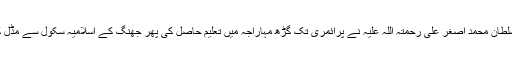
سلطان الفقر ششم سلطان محمد اصغر علی رحمتہ اللہ علیہ نے پرائمری تک گڑھ مہاراجہ میں تعلیم حاصل کی پھر جھنگ کے اسلامیہ سکول سے مڈل کا امتحان پاس کیا۔